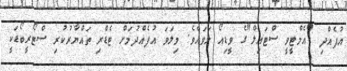
އުފެއްދި "އެމްޓީވީ ސްޓައިލް"ގެ ވީޑިއޯ ލަވައެވެ. މިލަވަ އުފެއްދުމަށް ޓެޑްރި ތައްޔާރުކުރި ސްޓޯރީބޯޑަކީ